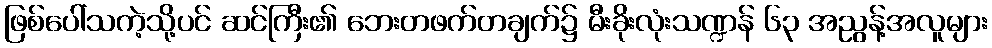
ဖြစ်ပေါ်သကဲ့သို့ပင် ဆင်ကြီး၏ ဘေးတဖက်တချက်၌ မီးခိုးလုံးသဏ္ဍန် ၆၃ အညွန့်အလူများ